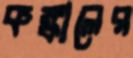
কঙ্কালের